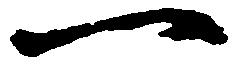
一